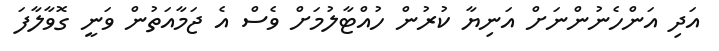
އަދި އަންހެނުންނަށް އަނިޔާ ކުރުން ހުއްޓާލުމަށް ވެސް އެ ޖަމާއަތުން ވަނީ ގޮވާލާފަ